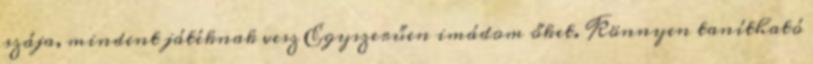
szája, mindent játéknak vesz Egyszerűen imádom őket. Könnyen tanítható